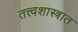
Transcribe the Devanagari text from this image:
तत्त्वशास्त्रात